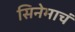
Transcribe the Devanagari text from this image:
सिनेमाचं